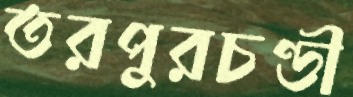
তরপুরচণ্ডী